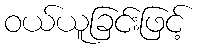
ဝယ်ယူခြင်းဖြင့်